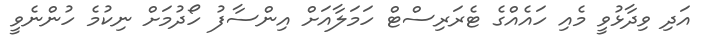
އަދި ވިދާޅުވީ މެއި ހައެއްގެ ޓެރަރިސްޓް ހަމަލާއަށް އިންސާފު ހޯދުމަށް ނިކުމެ ހުންނެވީ